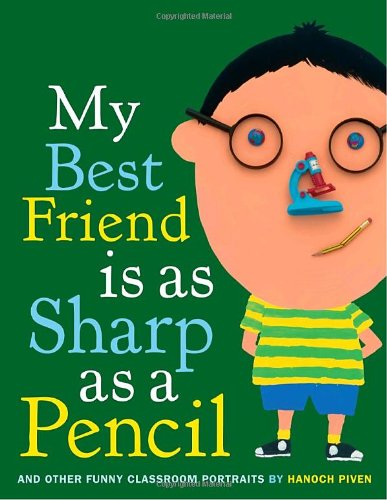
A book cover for My Best Friend Is As Sharp As a Pencil: And Other Funny Classroom Portraits; Hanoch Piven; Children's Books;